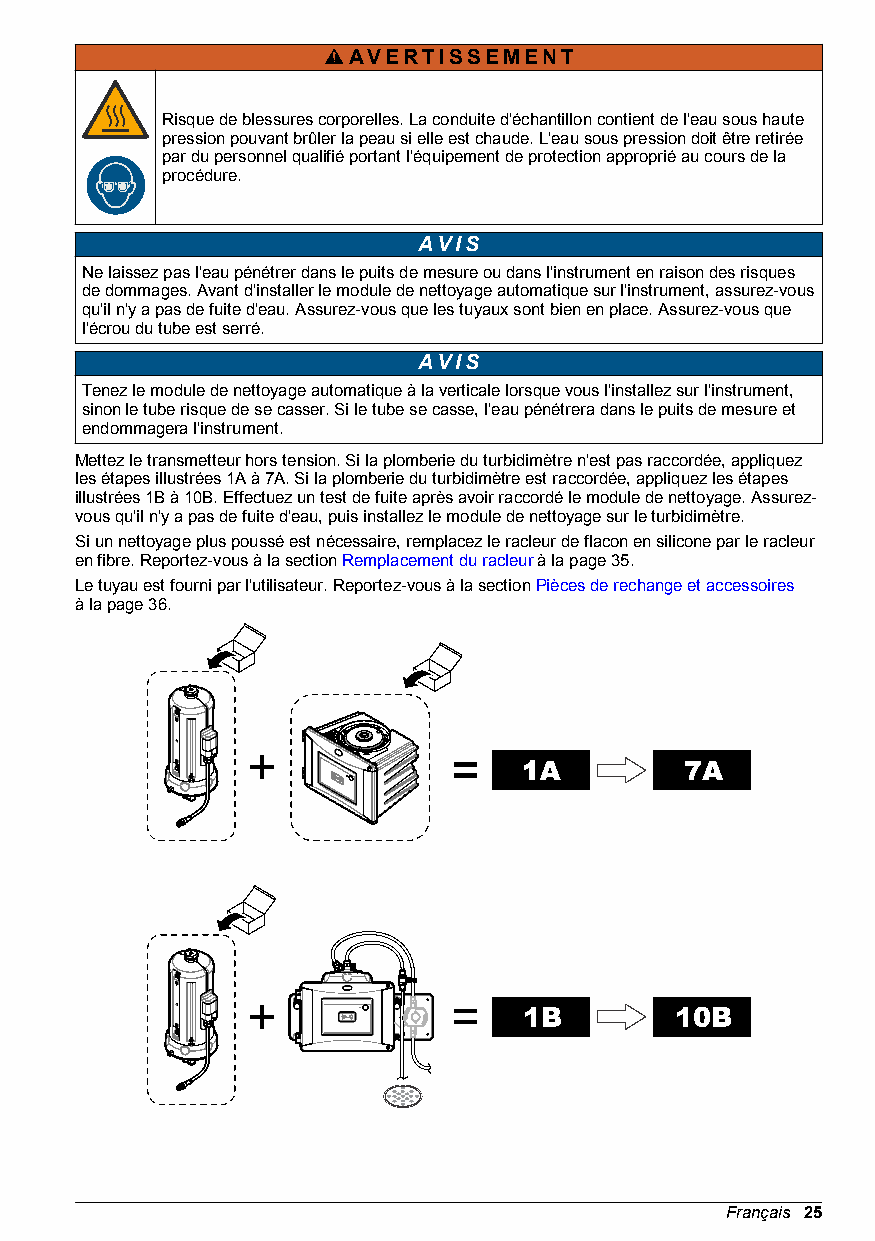
AVERTISSEMENT
 Risque de blessures corporelles. La conduite d'échantillon contient de l'eau sous haute
 pression pouvant brûler la peau si elle est chaude. L'eau sous pression doit être retirée
 par du personnel qualifié portant l'équipement de protection approprié au cours de la
 procédure.
 AVIS
 Ne laissez pas l'eau pénétrer dans le puits de mesure ou dans l'instrument en raison des risques
 de dommages. Avant d'installer le module de nettoyage automatique sur l'instrument, assurez-vous
 qu'il n'y a pas de fuite d'eau. Assurez-vous que les tuyaux sont bien en place. Assurez-vous que
 l'écrou du tube est serré.
 AVIS
 Tenez le module de nettoyage automatique à la verticale lorsque vous l'installez sur l'instrument,
 sinon le tube risque de se casser. Si le tube se casse, l'eau pénétrera dans le puits de mesure et
 endommagera l'instrument.
 Mettez le transmetteur hors tension. Si la plomberie du turbidimètre n'est pas raccordée, appliquez
 les étapes illustrées 1A à 7A. Si la plomberie du turbidimètre est raccordée, appliquez les étapes
 illustrées 1B à 10B. Effectuez un test de fuite après avoir raccordé le module de nettoyage. Assurez-
 vous qu'il n'y a pas de fuite d'eau, puis installez le module de nettoyage sur le turbidimètre.
 Si un nettoyage plus poussé est nécessaire, remplacez le racleur de flacon en silicone par le racleur
 en fibre. Reportez-vous à la section Remplacement du racleur à la page 35.
 Le tuyau est fourni par l'utilisateur. Reportez-vous à la section Pièces de rechange et accessoires
 à la page 36.
 Français 25